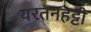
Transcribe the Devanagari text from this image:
यरतनहट्टी